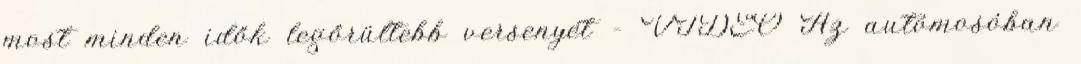
most minden idők legőrültebb versenyét – VIDEÓ Az autómosóban